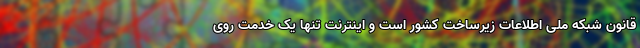
قانون شبکه ملی اطلاعات زیرساخت کشور است و اینترنت تنها یک خدمت روی